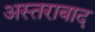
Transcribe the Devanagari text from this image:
अस्तराबाद